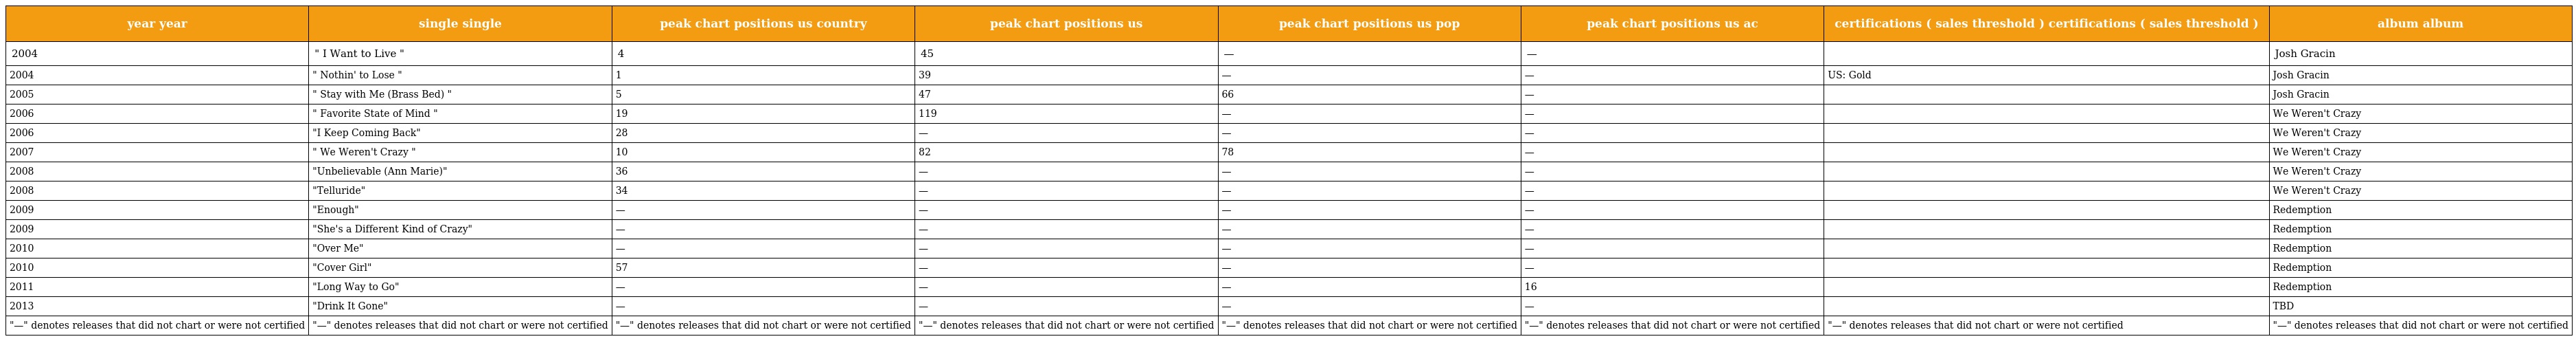
| year year | single single | peak chart positions us country | peak chart positions us | peak chart positions us pop | peak chart positions us ac | certifications ( sales threshold ) certifications ( sales threshold ) | album album |
 | --- | --- | --- | --- | --- | --- | --- | --- |
 | 2004 | " I Want to Live " | 4 | 45 | — | — |  | Josh Gracin |
 | 2004 | " Nothin' to Lose " | 1 | 39 | — | — | US: Gold | Josh Gracin |
 | 2005 | " Stay with Me (Brass Bed) " | 5 | 47 | 66 | — |  | Josh Gracin |
 | 2006 | " Favorite State of Mind " | 19 | 119 | — | — |  | We Weren't Crazy |
 | 2006 | "I Keep Coming Back" | 28 | — | — | — |  | We Weren't Crazy |
 | 2007 | " We Weren't Crazy " | 10 | 82 | 78 | — |  | We Weren't Crazy |
 | 2008 | "Unbelievable (Ann Marie)" | 36 | — | — | — |  | We Weren't Crazy |
 | 2008 | "Telluride" | 34 | — | — | — |  | We Weren't Crazy |
 | 2009 | "Enough" | — | — | — | — |  | Redemption |
 | 2009 | "She's a Different Kind of Crazy" | — | — | — | — |  | Redemption |
 | 2010 | "Over Me" | — | — | — | — |  | Redemption |
 | 2010 | "Cover Girl" | 57 | — | — | — |  | Redemption |
 | 2011 | "Long Way to Go" | — | — | — | 16 |  | Redemption |
 | 2013 | "Drink It Gone" | — | — | — | — |  | TBD |
 | "—" denotes releases that did not chart or were not certified | "—" denotes releases that did not chart or were not certified | "—" denotes releases that did not chart or were not certified | "—" denotes releases that did not chart or were not certified | "—" denotes releases that did not chart or were not certified | "—" denotes releases that did not chart or were not certified | "—" denotes releases that did not chart or were not certified | "—" denotes releases that did not chart or were not certified |